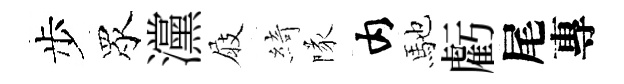
步眾灙屐綺隊内馳虧尾專